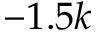
- 1 . 5 k